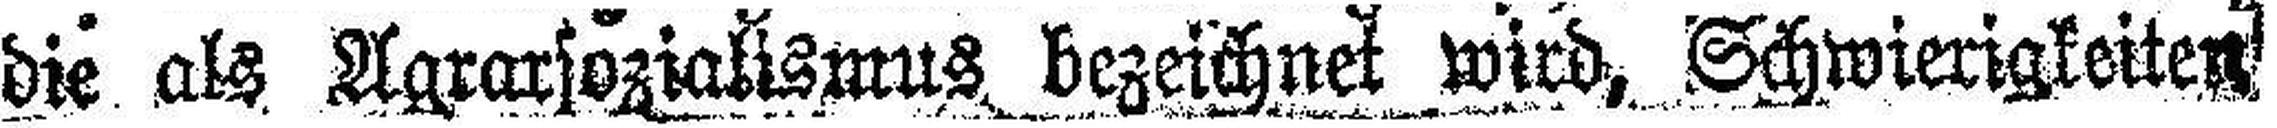
die als Agrarsozialismus bezeichnet wird, Schwierigkeiten